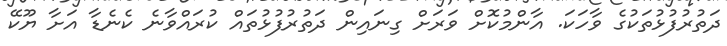
ދަތުރުފުޅުތަކުގެ ވާހަކަ. އާންމުކޮށް ވަރަށް ގިނައިން ދަތުރުފުޅުތައް ކުރައްވާނެ ކެނެޑާ އަށާ ޔޫކޭ